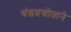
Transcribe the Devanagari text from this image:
चंडप्रद्योताने